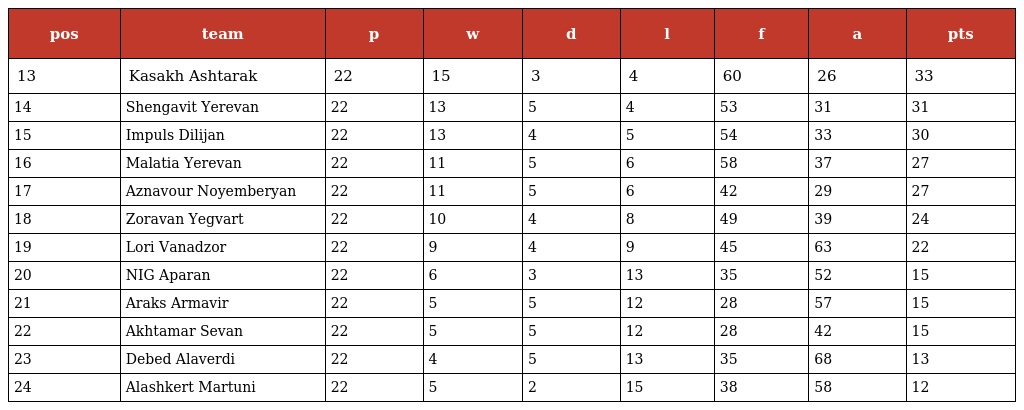
| pos | team | p | w | d | l | f | a | pts |
 | --- | --- | --- | --- | --- | --- | --- | --- | --- |
 | 13 | Kasakh Ashtarak | 22 | 15 | 3 | 4 | 60 | 26 | 33 |
 | 14 | Shengavit Yerevan | 22 | 13 | 5 | 4 | 53 | 31 | 31 |
 | 15 | Impuls Dilijan | 22 | 13 | 4 | 5 | 54 | 33 | 30 |
 | 16 | Malatia Yerevan | 22 | 11 | 5 | 6 | 58 | 37 | 27 |
 | 17 | Aznavour Noyemberyan | 22 | 11 | 5 | 6 | 42 | 29 | 27 |
 | 18 | Zoravan Yegvart | 22 | 10 | 4 | 8 | 49 | 39 | 24 |
 | 19 | Lori Vanadzor | 22 | 9 | 4 | 9 | 45 | 63 | 22 |
 | 20 | NIG Aparan | 22 | 6 | 3 | 13 | 35 | 52 | 15 |
 | 21 | Araks Armavir | 22 | 5 | 5 | 12 | 28 | 57 | 15 |
 | 22 | Akhtamar Sevan | 22 | 5 | 5 | 12 | 28 | 42 | 15 |
 | 23 | Debed Alaverdi | 22 | 4 | 5 | 13 | 35 | 68 | 13 |
 | 24 | Alashkert Martuni | 22 | 5 | 2 | 15 | 38 | 58 | 12 |